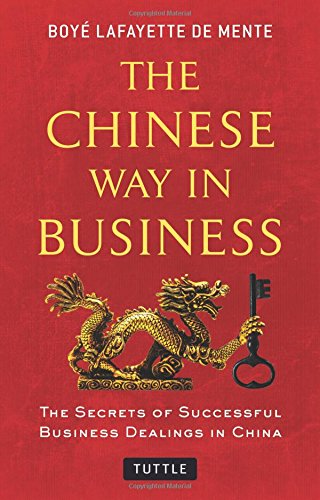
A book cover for The Chinese Way in Business: Secrets of Successful Business Dealings in China; Boye Lafayette De Mente; Business & Money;